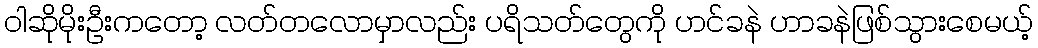
ဝါဆိုမိုးဦးကတော့ လတ်တလောမှာလည်း ပရိသတ်တွေကို ဟင်ခနဲ ဟာခနဲဖြစ်သွားစေမယ့်